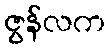
ဇွန်လက